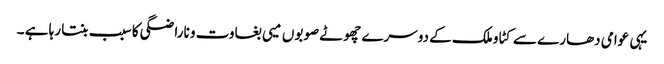
یہی عوامی دھارے سے کٹاو ملک کے دوسرے چھوٹے صوبوں میی بغاوت و ناراضگی کا سبب بنتا رہا ہے ۔